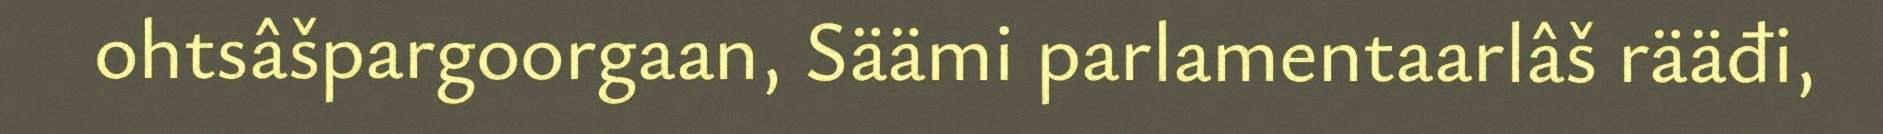
ohtsâšpargoorgaan, Säämi parlamentaarlâš rääđi,